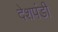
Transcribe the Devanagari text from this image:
देशपंडी